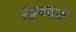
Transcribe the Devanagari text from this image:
रेडुवाइडी